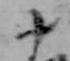
十